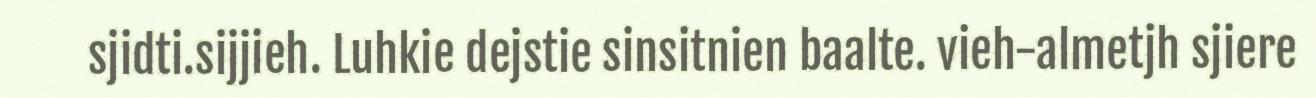
sjidti.sijjieh. Luhkie dejstie sinsitnien baalte. vieh-almetjh sjiere